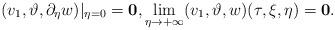
LaTeX: \begin{align*}(v_1,\vartheta,\partial_\eta w)|_{\eta=0}=\mathbf{0},\lim_{\eta\rightarrow +\infty}(v_1,\vartheta,w)(\tau,\xi,\eta)=\mathbf{0}.\end{align*}